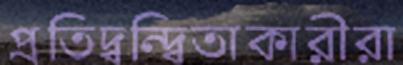
প্রতিদ্বন্দ্বিতাকারীরা